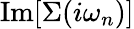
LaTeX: \operatorname{Im}[\Sigma(i\omega_{n})]